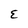
Character: E